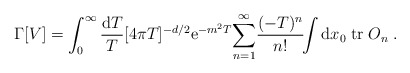
\begin{align*}\Gamma[V] =\int_0^\infty {{\rm d}T\over T} [4\pi T]^{-d/2} {\rm e}^{-m^2T}{\sum_{n=1}^\infty} {(-T)^n\over n!} \!\!\int {\rm d}x_0\;{\rm tr}\; O_n\;.\end{align*}